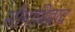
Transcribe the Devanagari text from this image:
सीमाविवाद